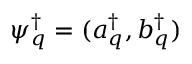
\psi _ { q } ^ { \dagger } = ( a _ { q } ^ { \dagger } , b _ { q } ^ { \dagger } )